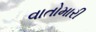
વાતોમારી